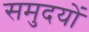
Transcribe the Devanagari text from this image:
समुदयों